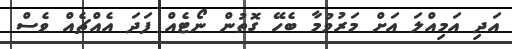
އަދި އަމިއްލަ އަށް މަރުވުމާ ބެހޭ ގޮތުން ނޯޓެއް ފަދަ އެއްޗެއް ވެސް